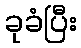
ခုခံပြီး